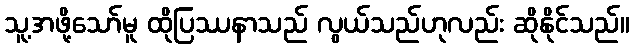
သူ့အဖို့သော်မူ ထိုပြဿနာသည် လွယ်သည်ဟုလည်း ဆိုနိုင်သည်။